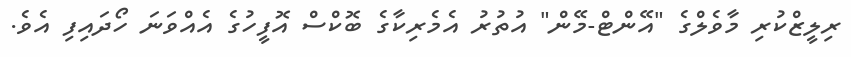
ރިލީޒްކުރި މާވެލްގެ "އޭންޓް-މޭން" އުތުރު އެމެރިކާގެ ބޮކްސް އޮފީހުގެ އެއްވަނަ ހޯދައިފި އެވެ.